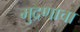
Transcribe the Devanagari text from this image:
मुद्रणाचा